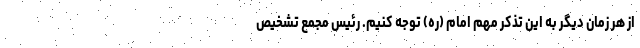
از هر زمان دیگر به این تذکر مهم امام (ره) توجه کنیم. رئیس مجمع تشخیص